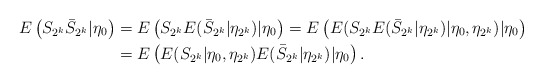
\begin{align*}E\left( S_{2^{k}}\bar{S}_{2^{k}}|\eta_{0}\right) & =E\left( S_{2^{k}}E(\bar{S}_{2^{k}}|\eta_{2^{k}})|\eta_{0}\right) =E\left( E(S_{2^{k}}E(\bar{S}_{2^{k}}|\eta_{2^{k}})|\eta_{0},\eta_{2^{k}})|\eta_{0}\right) \\& =E\left( E(S_{2^{k}}|\eta_{0},\eta_{2^{k}})E(\bar{S}_{2^{k}}|\eta_{2^{k}})|\eta_{0}\right) .\end{align*}